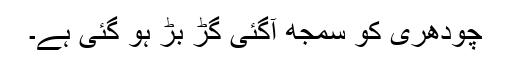
چودھری کو سمجھ آگئی گڑ بڑ ہو گئی ہے۔